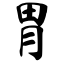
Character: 胃